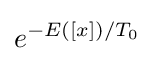
e^{-E([x])/T_{0}}